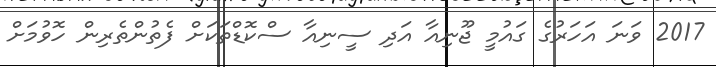
2017 ވަނަ އަހަރުގެ ގައުމީ ޖޫނިއާ އަދި ސީނިއާ ސްކޮޑްތަކަށް ފެތުންތެރިން ހޮވުމަށް